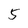
Character: 5